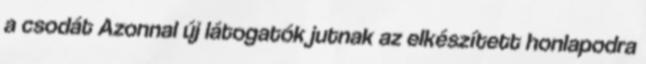
a csodát Azonnal új látogatók jutnak az elkészített honlapodra